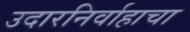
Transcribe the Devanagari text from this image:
उदारनिर्वाहाचा